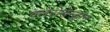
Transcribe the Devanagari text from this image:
क्लेरोडेन्ड्रान